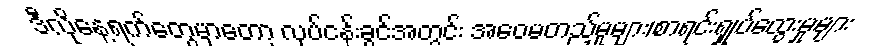
ဒီလိုနေ့ရက်တွေမှာတော့ လုပ်ငန်းခွင်အတွင်း အဝေမတည့်မှုများ၊စာရင်းရှုပ်ထွေးမှုများ